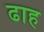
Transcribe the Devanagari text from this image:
ढाह